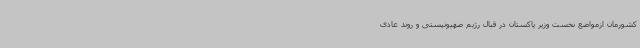
کشورمان ازمواضع نخست وزیر پاکستان در قبال رژیم صهیونیستی و روند عادی